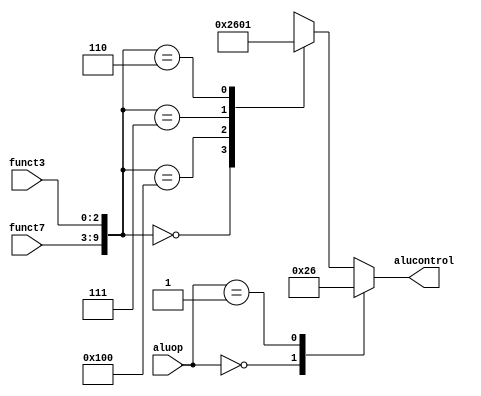
module alucontrolunit (input [1:0] aluop,
                       input [2:0] funct3,
                       input [6:0] funct7,
                       output reg[3:0] alucontrol);

  wire [9:0] funct;
  assign funct = {funct7[6:0],funct3[2:0]};

  always @(*)
    case(aluop)
      2'b00: alucontrol = 4'b0010; //ld sd
      2'b01: alucontrol = 4'b0110; //beq
      default: case(funct)
        10'b0000000000: alucontrol= 4'b0010; //add
        10'b0100000000: alucontrol= 4'b0110; //sub
        10'b0000000111: alucontrol= 4'b0000; //and
        10'b0000000110: alucontrol= 4'b0001; //or
        default: alucontrol = 4'bxxxx;
      endcase
    endcase
endmodule